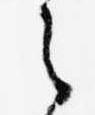
之